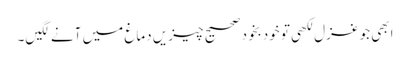
ابھی جو غزل لکھی تو خودبخود صحیح چیزیں دماغ میں آنے لگیں۔